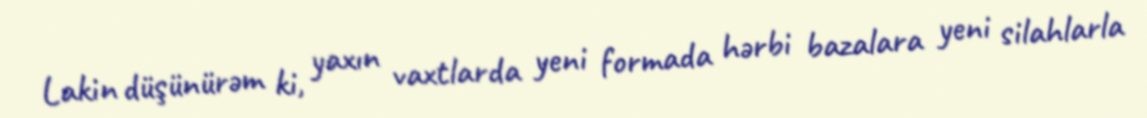
Lakin düşünürəm ki, yaxın vaxtlarda yeni formada hərbi bazalara yeni silahlarla